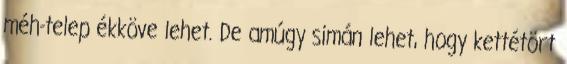
méh-telep ékköve lehet. De amúgy simán lehet, hogy kettétört